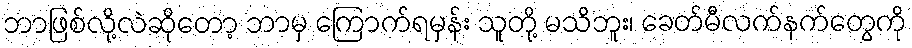
ဘာဖြစ်လို့လဲဆိုတော့ ဘာမှ ကြောက်ရမှန်း သူတို့ မသိဘူး၊ ခေတ်မီလက်နက်တွေကို